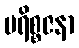
ပရိစ္စဇနာ